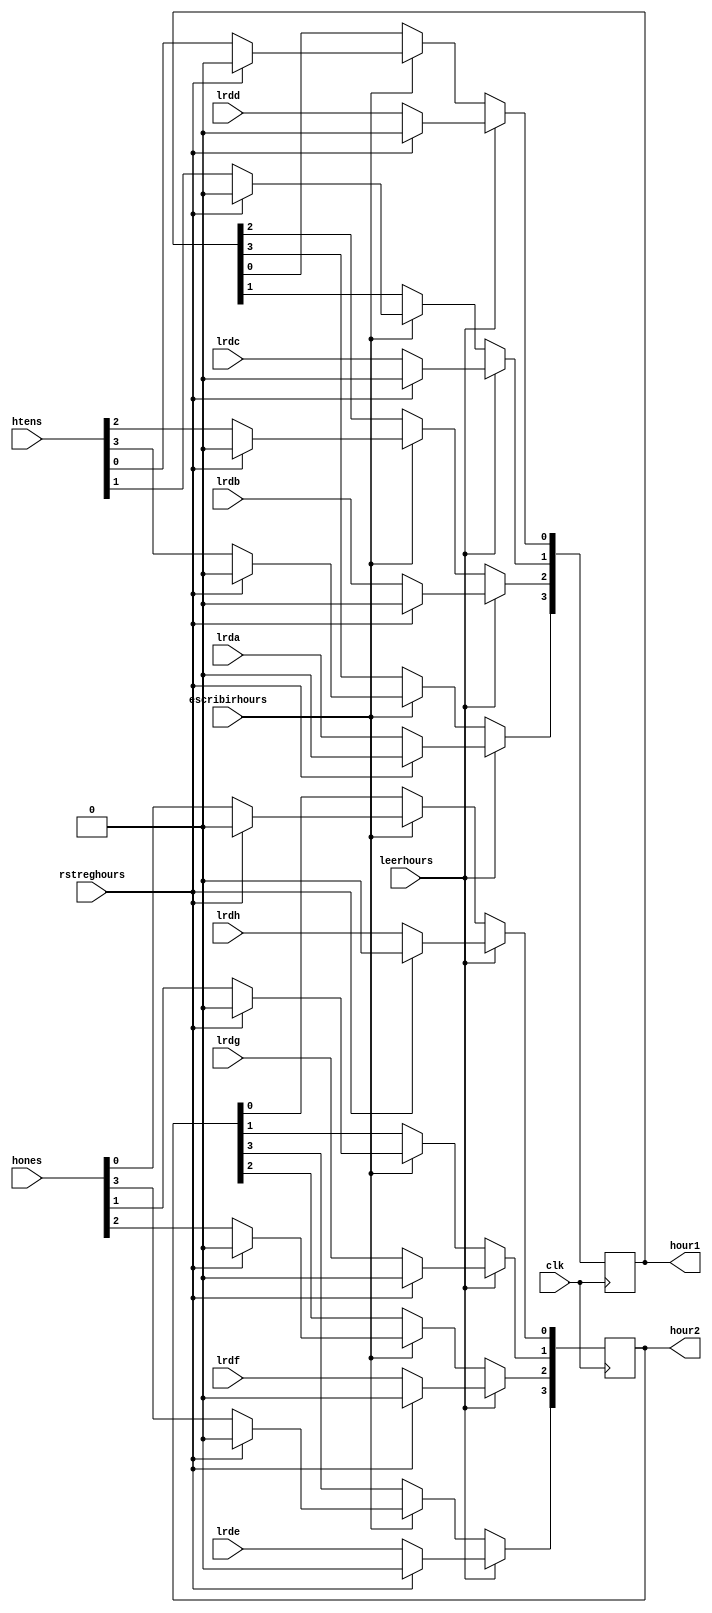
`timescale 1ns / 10ps

module reghours(
		input wire rstreghours,
		input wire clk,
		input wire leerhours, escribirhours,
		input wire lrda, lrdb, lrdc, lrdd, lrde, lrdf, lrdg, lrdh,
		input wire [3:0] htens,
		input wire [3:0] hones,
		output reg [3:0] hour1,
		output reg [3:0] hour2
    );
	 
always @(posedge clk) begin
	if (leerhours) begin
		if (rstreghours) begin
			hour1 <= 0;
			hour2 <= 0;
		end
		else begin
			hour1[3] <= lrda;
			hour1[2] <= lrdb;
			hour1[1] <= lrdc;
			hour1[0] <= lrdd;
			hour2[3] <= lrde;
			hour2[2] <= lrdf;
			hour2[1] <= lrdg;
			hour2[0] <= lrdh;
		end
	end
	else if (escribirhours) begin
		if (rstreghours) begin
			hour1 <= 0;
			hour2 <= 0;
		end
		else begin
			hour1 <= htens;
			hour2 <= hones;
		end
	end
end

endmodule